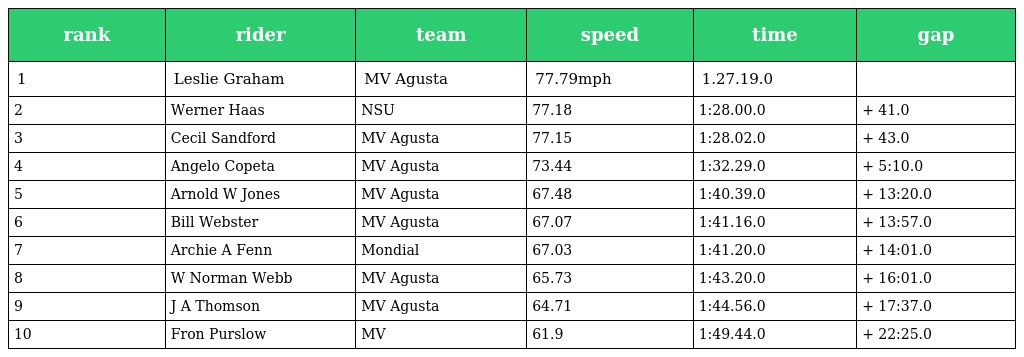
| rank | rider | team | speed | time | gap |
 | --- | --- | --- | --- | --- | --- |
 | 1 | Leslie Graham | MV Agusta | 77.79mph | 1.27.19.0 |  |
 | 2 | Werner Haas | NSU | 77.18 | 1:28.00.0 | + 41.0 |
 | 3 | Cecil Sandford | MV Agusta | 77.15 | 1:28.02.0 | + 43.0 |
 | 4 | Angelo Copeta | MV Agusta | 73.44 | 1:32.29.0 | + 5:10.0 |
 | 5 | Arnold W Jones | MV Agusta | 67.48 | 1:40.39.0 | + 13:20.0 |
 | 6 | Bill Webster | MV Agusta | 67.07 | 1:41.16.0 | + 13:57.0 |
 | 7 | Archie A Fenn | Mondial | 67.03 | 1:41.20.0 | + 14:01.0 |
 | 8 | W Norman Webb | MV Agusta | 65.73 | 1:43.20.0 | + 16:01.0 |
 | 9 | J A Thomson | MV Agusta | 64.71 | 1:44.56.0 | + 17:37.0 |
 | 10 | Fron Purslow | MV | 61.9 | 1:49.44.0 | + 22:25.0 |